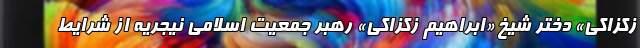
زکزاکی» دختر شیخ «ابراهیم زکزاکی» رهبر جمعیت اسلامی نیجریه از شرایط